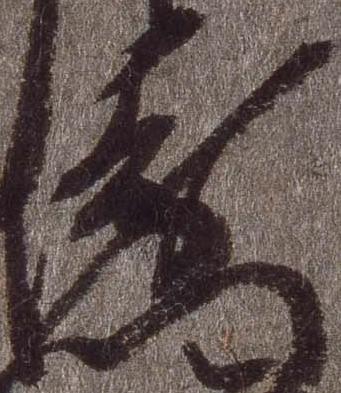
衛